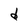
Character: d